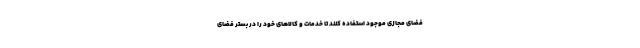
فضای مجازی موجود استفاده کنند تا خدمات و کالاهای خود را در بستر فضای